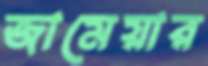
জামেয়ার